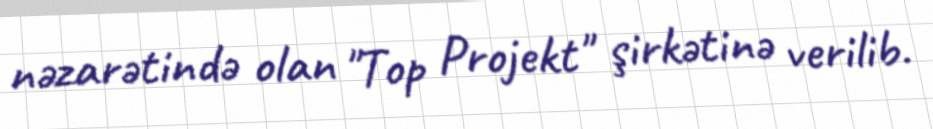
nəzarətində olan "Top Projekt" şirkətinə verilib.